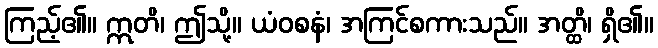
ကြည့်၏။ ဣတိ၊ ဤသို့။ ယံဝစနံ၊ အကြင်စကားသည်။ အတ္ထိ၊ ရှိ၏။